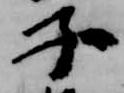
子